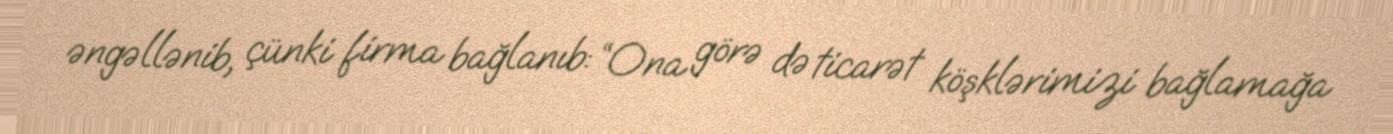
əngəllənib, çünki firma bağlanıb: “Ona görə də ticarət köşklərimizi bağlamağa